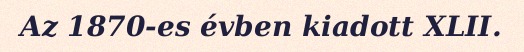
Az 1870-es évben kiadott XLII.